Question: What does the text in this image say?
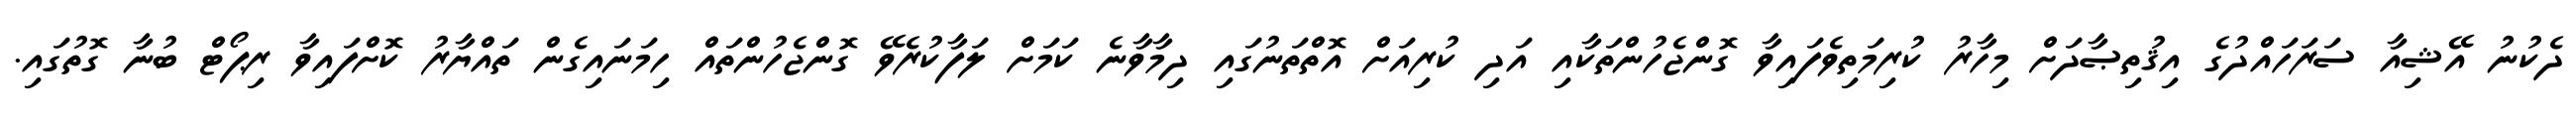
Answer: ދެކުނު އޭޝިއާ ސަރަހައްދުގެ އިޤުތިޞާދަށް މިހާރު ކުރިމަތިވެފައިވާ ގޮންޖެހުންތަކާއި އަދި ކުރިއަށް އޮތްތަނުގައި ދިމާވާނެ ކަމަށް ލަފާކުރެވޭ ގޮންޖެހުންތައް ހިމަނައިގެން ތައްޔާރު ކޮށްފައިވާ ރިޕޯޓް ބުނާ ގޮތުގައި.